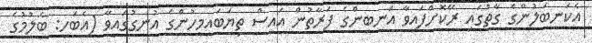
އެކަނބަލުންގެ ގާތުގައި ރޭކޮށްފައިވާ އަނބިންގެ ފަރާތުން އައިސް ތިޔަބައިމީހުންގެ އުނގުގައިވާ (އެބަހީ: ބެލުމުގެ